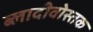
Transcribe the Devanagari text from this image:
ब्लादीवोस्तक